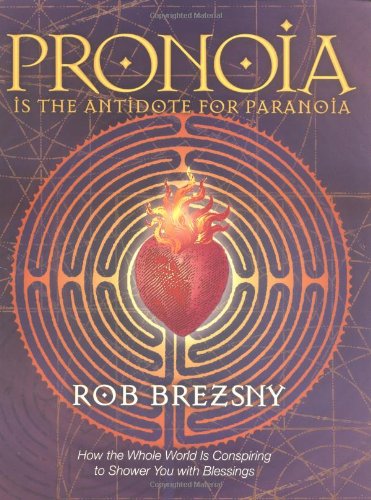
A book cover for Pronoia Is the Antidote for Paranoia: How the Whole World Is Conspiring to Shower You with Blessings; Rob Brezsny; Self-Help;